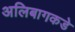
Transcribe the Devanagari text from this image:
अलिबागकडे